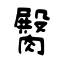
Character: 臋